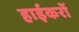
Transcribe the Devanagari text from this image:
हाईकरों